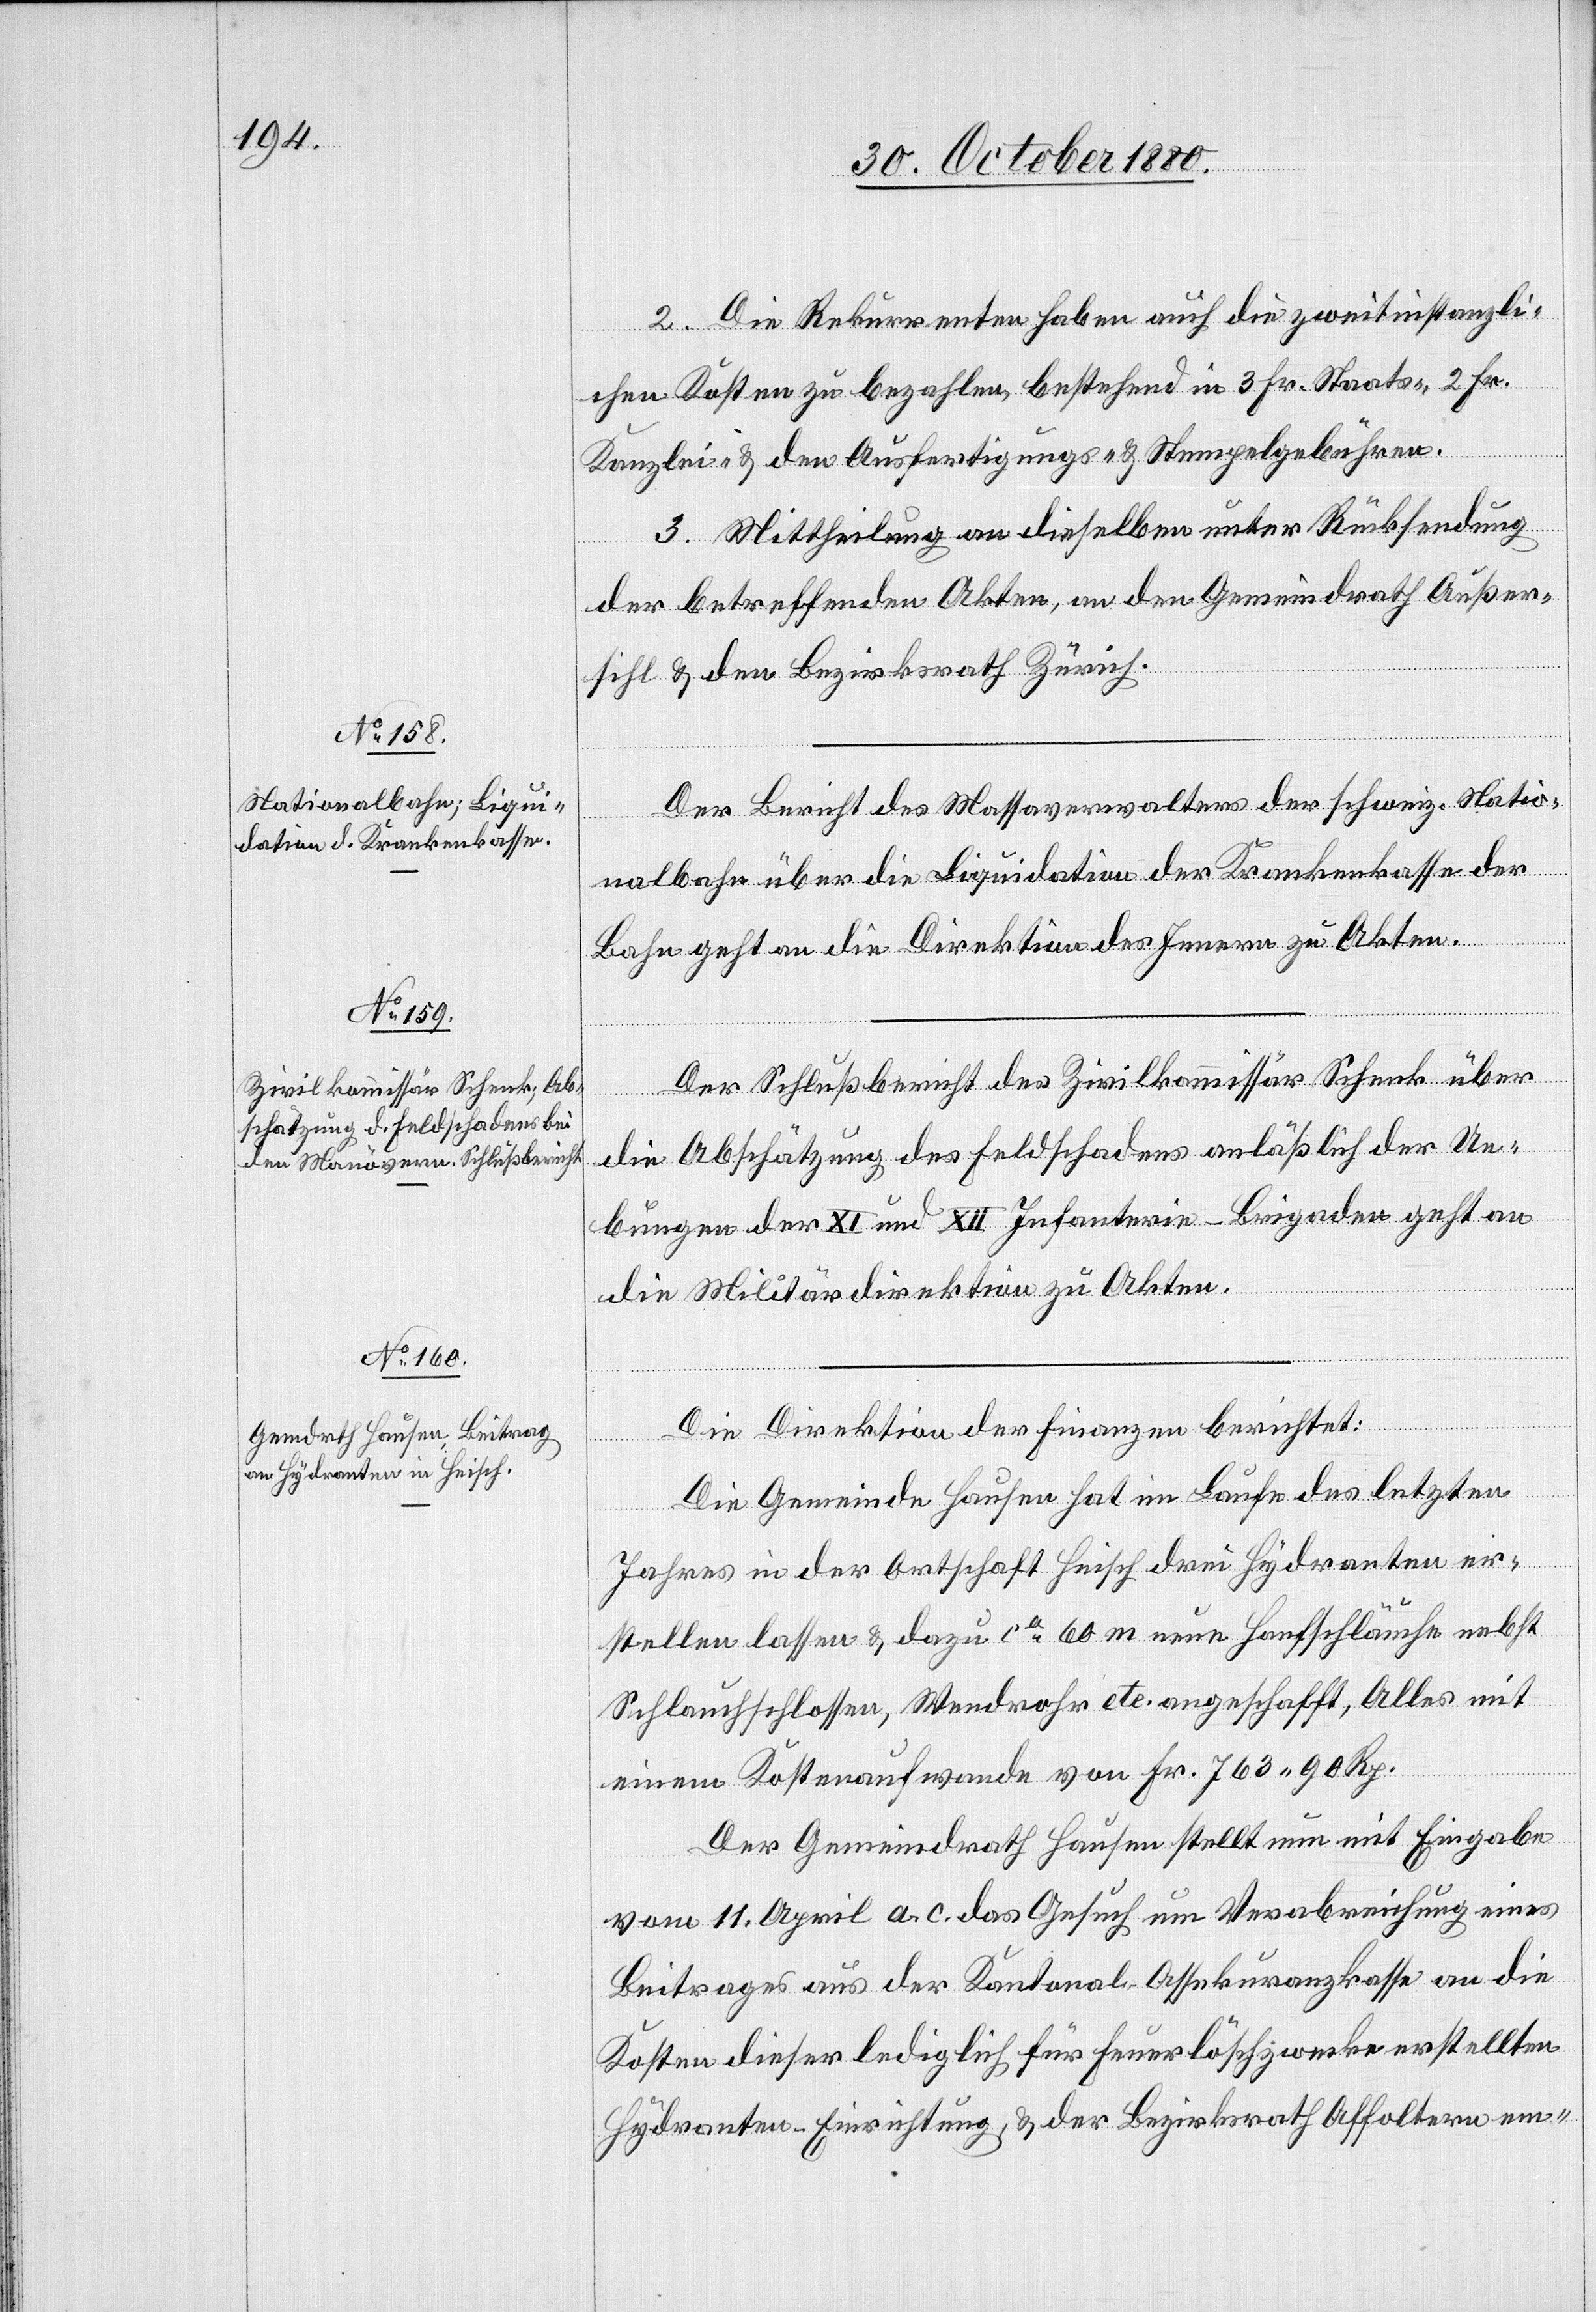
2. Die Rekurrenten haben auch die zweitinstanzli¬
chen Kosten zu bezahlen, bestehend in 3 Fr. Staats-, 2 Fr.
Kanzlei- & den Ausfertigungs- & Stempelgebühren.
3. Mittheilung an dieselben unter Rücksendung
der betreffenden Akten, an den Gemeindrath Außer¬
sihl & den Bezirksrath Zürich.
Der Bericht des Massaverwalters der schweiz. Natio¬
nalbahn über die Liquidation der Krankenkasse der
Bahn geht an die Direktion des Innern zu Akten.
Der Schlußbericht des Zivilkommissär Schenk über
die Abschätzung des Feldschadens anläßlich der Ue¬
bungen der XI und XII Infanterie-Brigaden geht an
die Militärdirektion zu Akten.
Die Direktion der Finanzen berichtet:
Die Gemeinde Hausen hat im Laufe des letzten
Jahres in der Ortschaft Heisch drei Hydranten er¬
stellen lassen & dazu ca 60 m neue Hanfschläuche nebst
Schlauchschlossen, Wendrohr etc. angeschafft, Alles mit
einem Kostenaufwande von Fr. 763 90 Rp.
Der Gemeindrath Hausen stellt nun mit Eingabe
vom 11. April a. c. das Gesuch um Verabreichung eines
Beitrages aus der Kantonal-Assekuranzkasse an die
Kosten dieser lediglich für Feuerlöschwerke erstellten
Hydranten-Einrichtung, & der Bezirksrath Affoltern em-